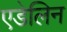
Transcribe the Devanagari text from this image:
एडेलिन